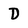
Character: D